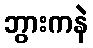
ဘွားကနဲ